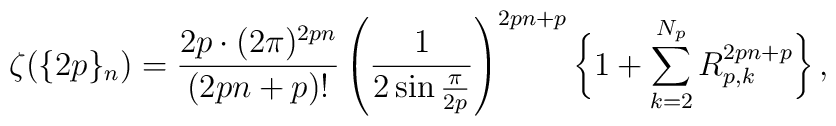
\zeta(\{2p\}_n)=\frac{2p\cdot(2\pi)^{2p n}}{(2p n+p)!}\left(\frac{1}{2\sin\frac{\pi}{2p}}\right)^{2p n+p}\bigg\{1+\sum_{k=2}^{N_{p}}R_{p,k}^{2p n+p}\bigg\}\,,